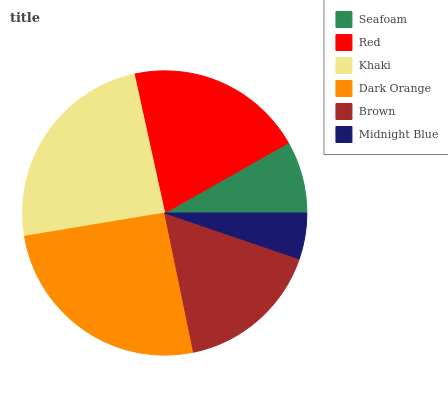
| Seafoam | Red | Khaki | Dark Orange | Brown | Midnight Blue |
 | --- | --- | --- | --- | --- | --- |
 | 8.2% | 20.2% | 24.2% | 25.6% | 16.5% | 5.24% |